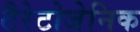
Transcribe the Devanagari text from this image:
टैरेटोजेनिक